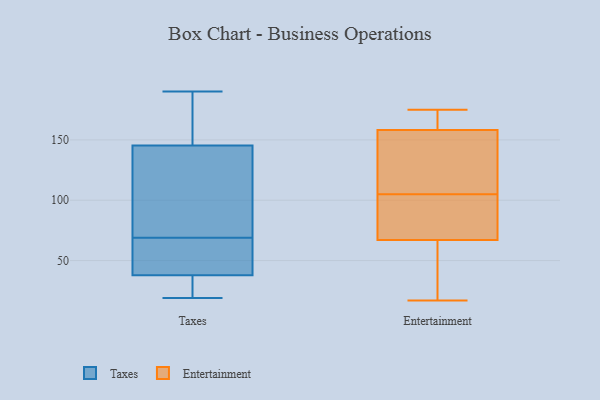
{"axis": {"x": "Page Views", "y": "Value"}, "legend": ["Entertainment", "Taxes"], "data": [{"x": "", "y": 69, "type": "Taxes"}, {"x": "", "y": 49, "type": "Taxes"}, {"x": "", "y": 53, "type": "Taxes"}, {"x": "", "y": 90, "type": "Taxes"}, {"x": "", "y": 21, "type": "Taxes"}, {"x": "", "y": 37, "type": "Taxes"}, {"x": "", "y": 20, "type": "Taxes"}, {"x": "", "y": 190, "type": "Taxes"}, {"x": "", "y": 80, "type": "Taxes"}, {"x": "", "y": 73, "type": "Taxes"}, {"x": "", "y": 144, "type": "Taxes"}, {"x": "", "y": 19, "type": "Taxes"}, {"x": "", "y": 38, "type": "Taxes"}, {"x": "", "y": 44, "type": "Taxes"}, {"x": "", "y": 165, "type": "Taxes"}, {"x": "", "y": 181, "type": "Taxes"}, {"x": "", "y": 149, "type": "Taxes"}, {"x": "", "y": 147, "type": "Entertainment"}, {"x": "", "y": 96, "type": "Entertainment"}, {"x": "", "y": 71, "type": "Entertainment"}, {"x": "", "y": 29, "type": "Entertainment"}, {"x": "", "y": 105, "type": "Entertainment"}, {"x": "", "y": 175, "type": "Entertainment"}, {"x": "", "y": 76, "type": "Entertainment"}, {"x": "", "y": 166, "type": "Entertainment"}, {"x": "", "y": 125, "type": "Entertainment"}, {"x": "", "y": 17, "type": "Entertainment"}, {"x": "", "y": 28, "type": "Entertainment"}, {"x": "", "y": 165, "type": "Entertainment"}, {"x": "", "y": 55, "type": "Entertainment"}, {"x": "", "y": 175, "type": "Entertainment"}, {"x": "", "y": 156, "type": "Entertainment"}, {"x": "", "y": 108, "type": "Entertainment"}, {"x": "", "y": 98, "type": "Entertainment"}]}